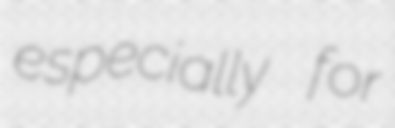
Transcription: especially for